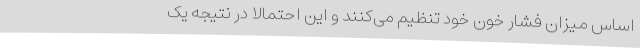
اساس میزان فشار خون خود تنظیم می‌کنند و این احتمالاً در نتیجه یک